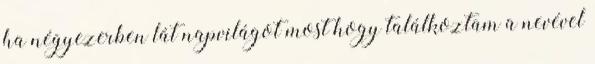
ha négyezerben lát napvilágot most hogy találkoztam a nevével